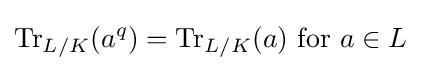
\operatorname {Tr} _{L/K}(a^{q})=\operatorname {Tr} _{L/K}(a){\text{ for }}a\in L